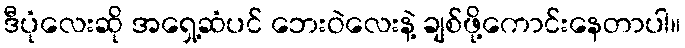
ဒီပုံလေးဆို အရှေ့ဆံပင် ဘေးဝဲလေးနဲ့ ချစ်ဖို့ကောင်းနေတာပါ။